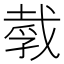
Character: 𪭒